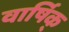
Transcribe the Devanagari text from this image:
वार्षिक्